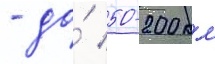
- до́ 50-200 км